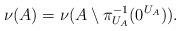
LaTeX: \begin{align*} \nu(A)=\nu(A\setminus \pi_{U_{A}}^{-1}(0^{U_{A}})). \end{align*}